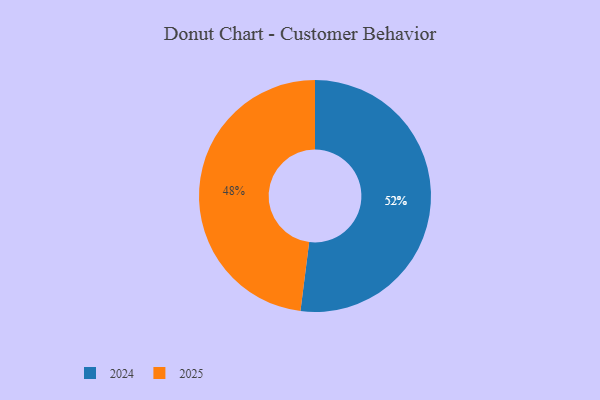
{"axis": {"x": "Category", "y": "Percentage"}, "legend": ["2024", "2025"], "data": [{"x": "2024", "y": 52, "type": "2024"}, {"x": "2025", "y": 48, "type": "2025"}]}